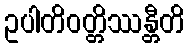
ဥပါတိဝတ္တိဿန္တီတိ